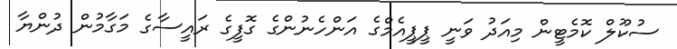
ސުކޫލް ކޮމެޓީން މިއަދު ވަނީ ޕީޕީއެމްގެ އަންހެނުންގެ ގޮފީގެ ރައީސާގެ މަގާމުން ދުންޔާ